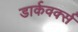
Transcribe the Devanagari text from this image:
डार्कवर्क्स